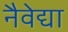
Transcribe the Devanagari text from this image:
नैवेद्या